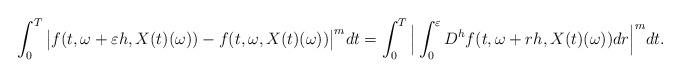
LaTeX: \begin{align*}\int_0^T \big| f(t, \omega+\varepsilon h, X(t)(\omega)) - f(t, \omega, X(t)(\omega))\big|^m dt = \int_0^T \Big|\int_0^\varepsilon D^h f (t, \omega+rh, X(t)(\omega)) dr\Big|^m dt. \end{align*}